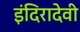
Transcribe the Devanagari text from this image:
इंदिरादेवी